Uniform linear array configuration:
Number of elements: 16
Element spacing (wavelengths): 0.25
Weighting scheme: blackman
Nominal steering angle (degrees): -45
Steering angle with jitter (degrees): -44.506
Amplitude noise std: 0.05
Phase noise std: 0.05

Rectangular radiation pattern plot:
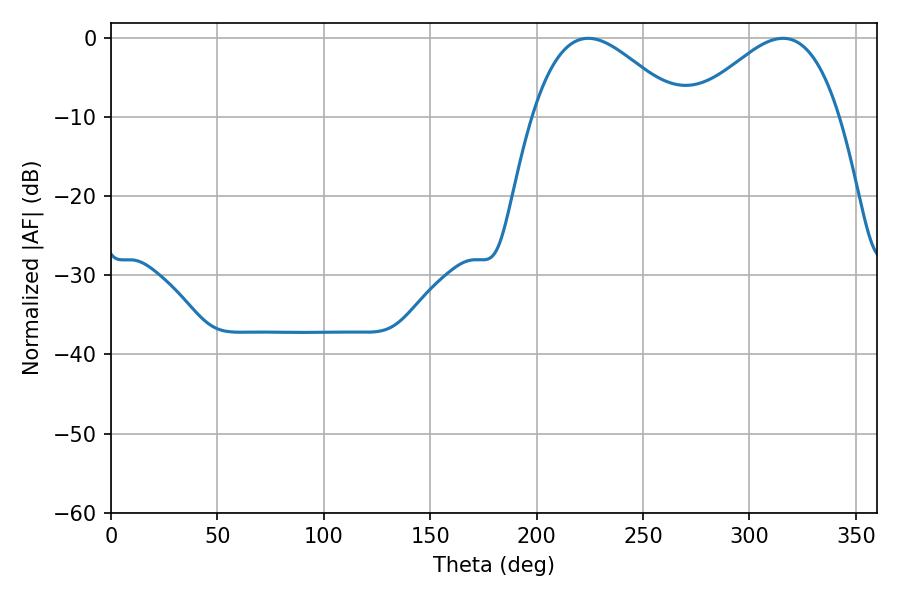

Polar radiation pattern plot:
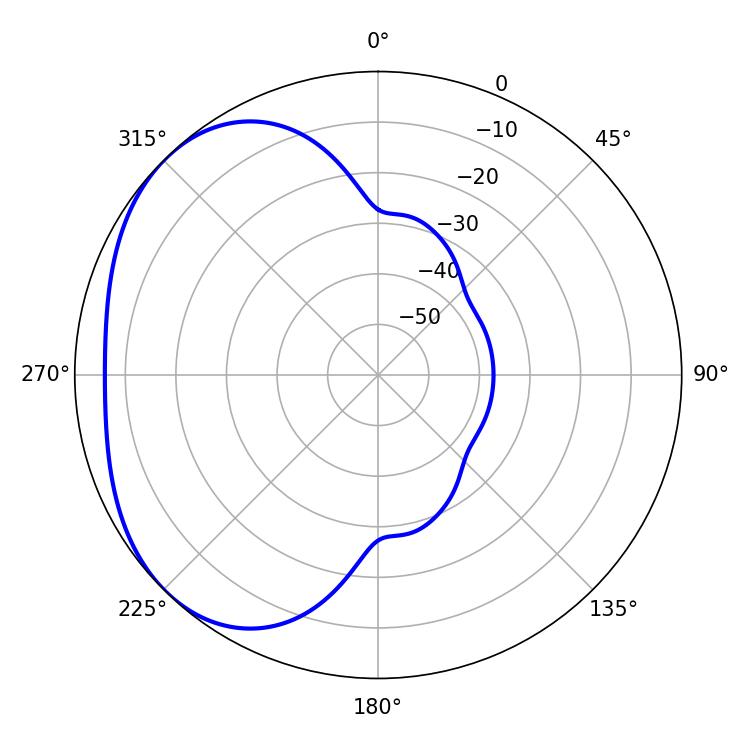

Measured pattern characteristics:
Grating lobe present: FALSE
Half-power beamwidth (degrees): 37.44
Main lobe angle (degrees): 224.28